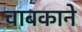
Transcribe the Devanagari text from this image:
चाबकाने